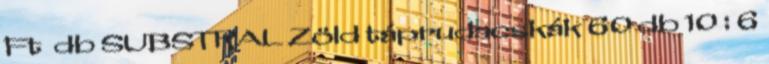
Ft db SUBSTRAL Zöld táprudacskák 60 db 10 : 6